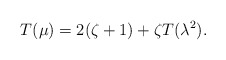
\begin{align*} T(\mu)=2(\zeta+1)+\zeta T(\lambda^2). \end{align*}